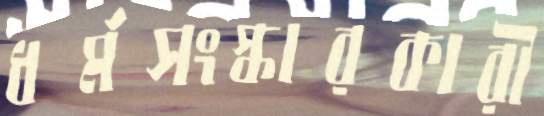
ধর্মসংস্কারকারী